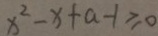
x ^ { 2 } - x + a - 1 \geq 0